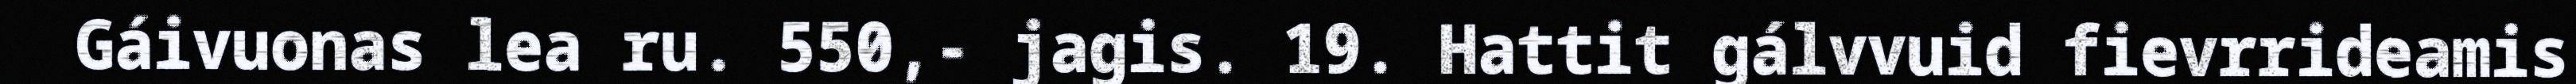
Gáivuonas lea ru. 550,- jagis. 19. Hattit gálvvuid fievrrideamis